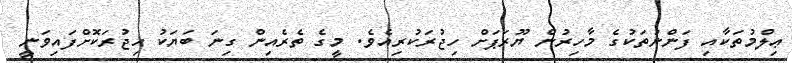
ޢިލްމުތަކާއި ފަންނުތަކުގެ މާހިރުން ޔޫރަޕަށް ހިޖުރަކުރިއެވެ. މީގެ ތެރެއިން ގިނަ ބަޔަކު ހިޖުރަކޮށްފައިވަނީ